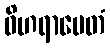
ဝိဟရာမေတံ